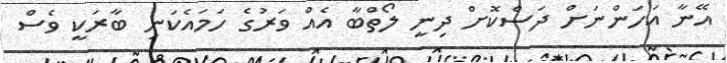
އޭނާ އަހަންނަށް ދަސްކޮށް ދިނީ ލޯތްބާ އެއް ވަރުގެ ހަމައެކަނި ބާރަކީ ވެސް